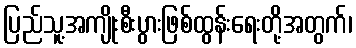
ပြည်သူ့အကျိုးစီးပွားဖြစ်ထွန်းရေးတို့အတွက်၊